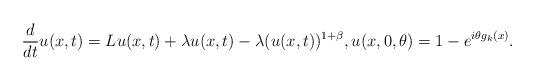
LaTeX: \begin{align*}\frac{d}{dt}u(x,t)=Lu(x,t)+\lambda u(x,t)-\lambda(u(x,t))^{1+\beta}, u(x,0,\theta)=1-e^{i\theta g_k(x)}.\end{align*}